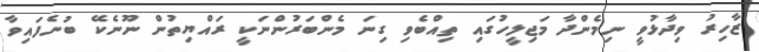
ޒާހިރު ވިދާޅުވީ ނިމެންދާ މަޖިލީހުގައި ތިއްބެވި ގިނަ މެންބަރުންނަކީ ރައްޔިތުން ނޫނެކޭ ބުނެފައިވާ